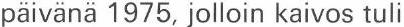
päivänä 1975, jolloin kaivos tuli